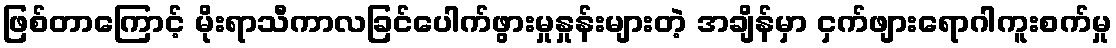
ဖြစ်တာကြောင့် မိုးရာသီကာလခြင်ပေါက်ဖွားမှုနှုန်းများတဲ့ အချိန်မှာ ငှက်ဖျားရောဂါကူးစက်မှု